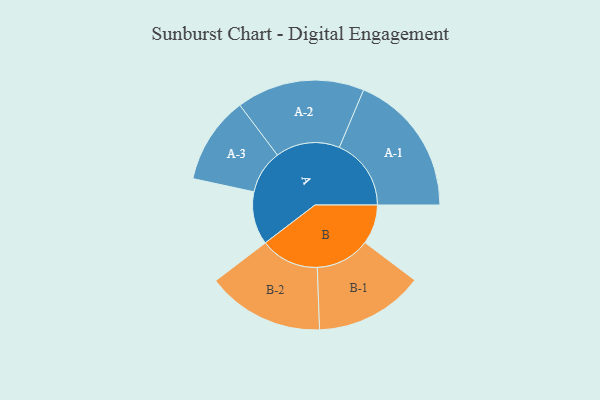
{"axis": {"x": "Segment", "y": "Value"}, "legend": ["", "A", "B"], "data": [{"x": "A", "y": 205, "type": ""}, {"x": "B", "y": 153, "type": ""}, {"x": "A-1", "y": 278, "type": "A"}, {"x": "A-2", "y": 248, "type": "A"}, {"x": "A-3", "y": 169, "type": "A"}, {"x": "B-1", "y": 211, "type": "B"}, {"x": "B-2", "y": 227, "type": "B"}]}